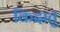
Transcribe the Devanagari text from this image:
किदातु